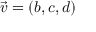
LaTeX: { \vec { v } } = ( b , c , d )